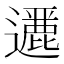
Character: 𨘶